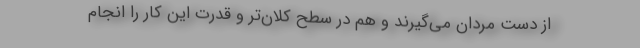
از دست مردان می‌گیرند و هم در سطح کلان‌تر و قدرت این کار را انجام